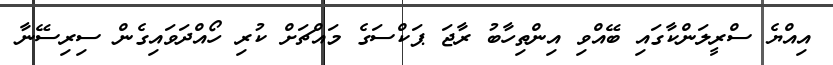
އިއްޔެ ސްރީލަންކާގައި ބޭއްވި އިންތިހާބު ރާޖަ ޕަކްސަގެ މައްޗަށް ކުރި ހޯއްދަވައިގެން ސިރިސޭނާ